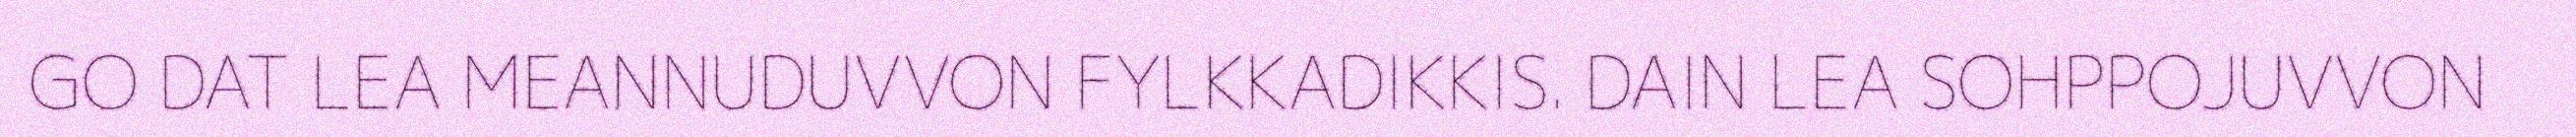
GO DAT LEA MEANNUDUVVON FYLKKADIKKIS. DAIN LEA SOHPPOJUVVON